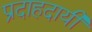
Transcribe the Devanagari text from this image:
प्रदाहदायी